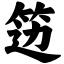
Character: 笾